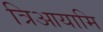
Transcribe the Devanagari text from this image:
त्रिआयामि